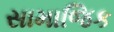
સામાજિક